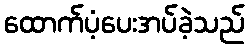
ထောက်ပံ့ပေးအပ်ခဲ့သည်